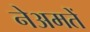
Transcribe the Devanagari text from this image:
नेअमतेें